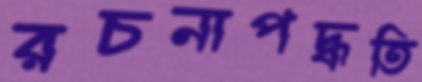
রচনাপদ্ধতি